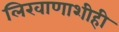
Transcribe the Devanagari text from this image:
लिखाणाशीही